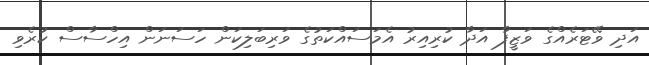
އަދި ވޭޓަރެއްގެ ވަޒީފާ އަދާ ކުރިއިރު އެމަސައްކަތުގެ ވަރިބަލިކަން ހަސަނަން އިހްސާސް ކުރެވި